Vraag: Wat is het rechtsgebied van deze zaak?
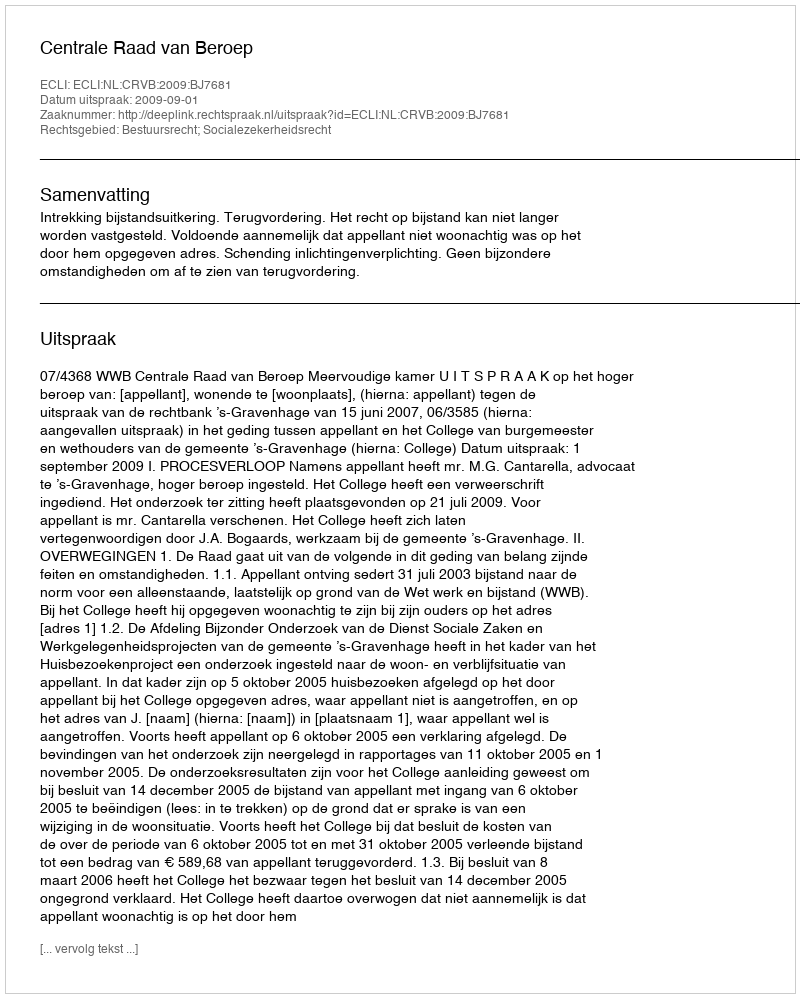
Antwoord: Bestuursrecht; Socialezekerheidsrecht